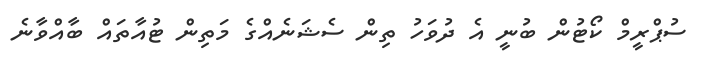
ސުޕްރީމް ކޯޓުން ބުނީ އެ ދުވަހު ތިން ސެޝަނެއްގެ މަތިން ޓުއާތައް ބާއްވާނެ